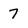
Character: 7